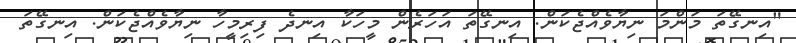
"އިނގޭތަ މަންމަ ނިޔާވެއްޖެކަން. އިނގޭތަ އަހަރެން މީހަކާ އިނދެ ފިރިމީހާ ނިޔާވެއްޖެކަން. އިނގޭތަ